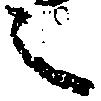
之